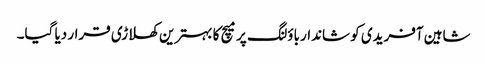
شاہین آفریدی کو شاندار باؤلنگ پر میچ کا بہترین کھلاڑی قرار دیا گیا۔